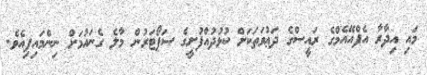
މައި އިދާރާ އެފްއޭއެމްގެ ރައީސްގެ ދަޢުވަތަކަށް ކުޅުދުއްފުށީގެ ސަޕޯޓަރުން މާލެ ގެނައުމަށް ނިންމައިފިއެވެ.